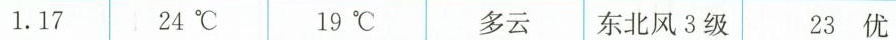
17 24℃ 19℃ 多云 东北风3级 23优